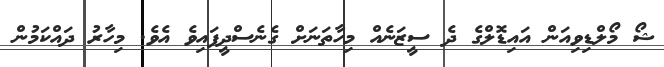
ޝޯ މޯލްޑިވިއަން އައިޑޮލްގެ ދެ ސީޒަނެއް މިހާތަނަށް ގެނެސްދީފައިވެ އެވެ. މިހާރު ދައްކަމުން